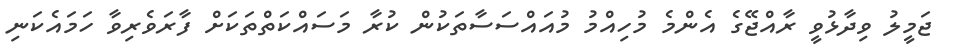
ޖަމީލު ވިދާޅުވީ ރާއްޖޭގެ އެންމެ މުހިއްމު މުއައްސަސާތަކުން ކުރާ މަސައްކަތްތަކަށް ފާރަވެރިވާ ހަމައެކަނި